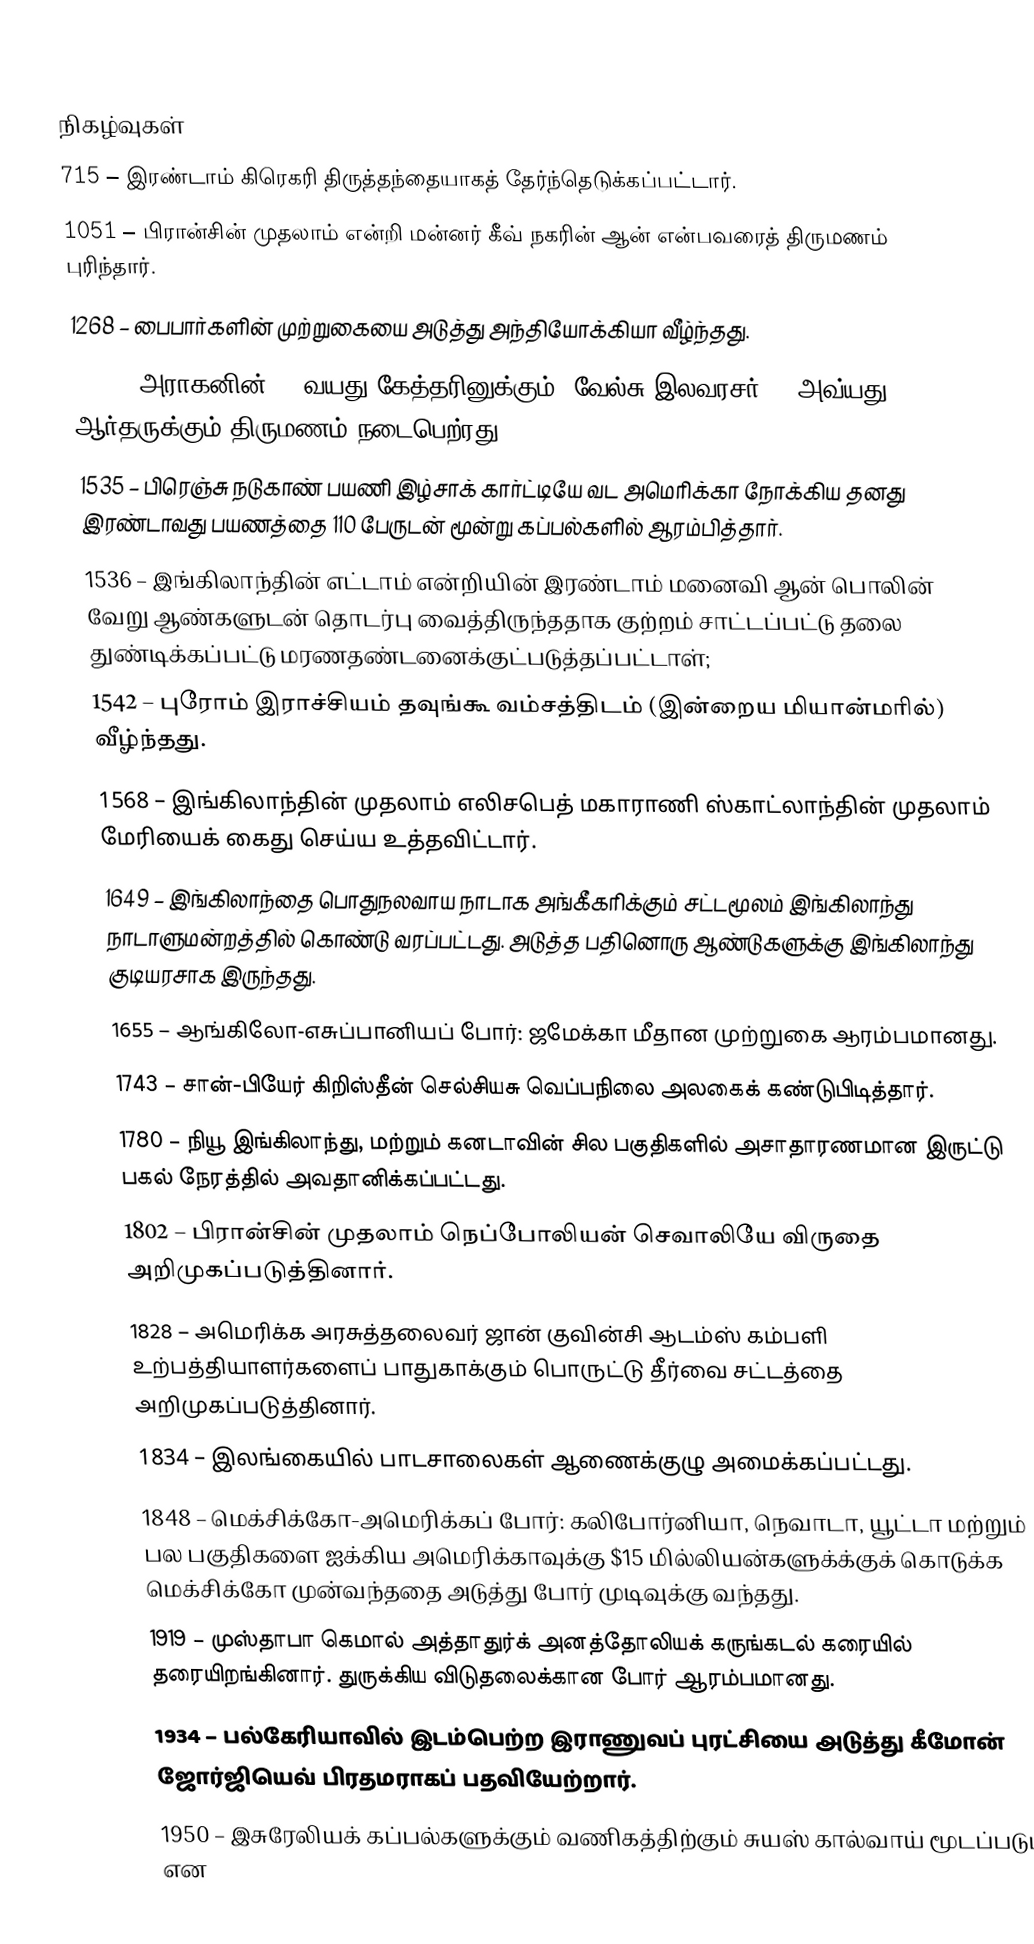

நிகழ்வுகள்
 715 – இரண்டாம் கிரெகரி திருத்தந்தையாகத் தேர்ந்தெடுக்கப்பட்டார்.
1051 – பிரான்சின் முதலாம் என்றி மன்னர் கீவ் நகரின் ஆன் என்பவரைத் திருமணம் புரிந்தார்.
1268 – பைபார்களின் முற்றுகையை அடுத்து அந்தியோக்கியா வீழ்ந்தது.
1499 – அராகனின் 13-வயது கேத்தரினுக்கும், வேல்சு இலவரசர் 12 அவ்யது ஆர்தருக்கும் திருமணம் நடைபெற்ரது.
1535 – பிரெஞ்சு நடுகாண் பயணி இழ்சாக் கார்ட்டியே வட அமெரிக்கா நோக்கிய தனது இரண்டாவது பயணத்தை 110 பேருடன் மூன்று கப்பல்களில் ஆரம்பித்தார்.
1536 – இங்கிலாந்தின் எட்டாம் என்றியின் இரண்டாம் மனைவி ஆன் பொலின் வேறு ஆண்களுடன் தொடர்பு வைத்திருந்ததாக குற்றம் சாட்டப்பட்டு தலை துண்டிக்கப்பட்டு மரணதண்டனைக்குட்படுத்தப்பட்டாள்;
1542 – புரோம் இராச்சியம் தவுங்கூ வம்சத்திடம் (இன்றைய மியான்மரில்) வீழ்ந்தது.
1568 – இங்கிலாந்தின் முதலாம் எலிசபெத் மகாராணி ஸ்காட்லாந்தின் முதலாம் மேரியைக் கைது செய்ய உத்தவிட்டார்.
1649 – இங்கிலாந்தை பொதுநலவாய நாடாக அங்கீகரிக்கும் சட்டமூலம் இங்கிலாந்து நாடாளுமன்றத்தில் கொண்டு வரப்பட்டது. அடுத்த பதினொரு ஆண்டுகளுக்கு இங்கிலாந்து குடியரசாக இருந்தது.
1655 – ஆங்கிலோ-எசுப்பானியப் போர்: ஜமேக்கா மீதான முற்றுகை ஆரம்பமானது.
1743 – சான்-பியேர் கிறிஸ்தீன் செல்சியசு வெப்பநிலை அலகைக் கண்டுபிடித்தார்.
1780 – நியூ இங்கிலாந்து, மற்றும் கனடாவின் சில பகுதிகளில் அசாதாரணமான இருட்டு பகல் நேரத்தில் அவதானிக்கப்பட்டது.
1802 – பிரான்சின் முதலாம் நெப்போலியன் செவாலியே விருதை அறிமுகப்படுத்தினார்.
1828 – அமெரிக்க அரசுத்தலைவர் ஜான் குவின்சி ஆடம்ஸ் கம்பளி உற்பத்தியாளர்களைப் பாதுகாக்கும் பொருட்டு தீர்வை சட்டத்தை அறிமுகப்படுத்தினார்.
1834 – இலங்கையில் பாடசாலைகள் ஆணைக்குழு அமைக்கப்பட்டது.
1848 – மெக்சிக்கோ-அமெரிக்கப் போர்: கலிபோர்னியா, நெவாடா, யூட்டா மற்றும் பல பகுதிகளை ஐக்கிய அமெரிக்காவுக்கு $15 மில்லியன்களுக்க்குக் கொடுக்க மெக்சிக்கோ முன்வந்ததை அடுத்து போர் முடிவுக்கு வந்தது.
1919 – முஸ்தாபா கெமால் அத்தாதுர்க் அனத்தோலியக் கருங்கடல் கரையில் தரையிறங்கினார். துருக்கிய விடுதலைக்கான போர் ஆரம்பமானது.
1934 – பல்கேரியாவில் இடம்பெற்ற இராணுவப் புரட்சியை அடுத்து கீமோன் ஜோர்ஜியெவ் பிரதமராகப் பதவியேற்றார்.
1950 – இசுரேலியக் கப்பல்களுக்கும் வணிகத்திற்கும் சுயஸ் கால்வாய் மூடப்படும் என